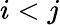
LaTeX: i<j